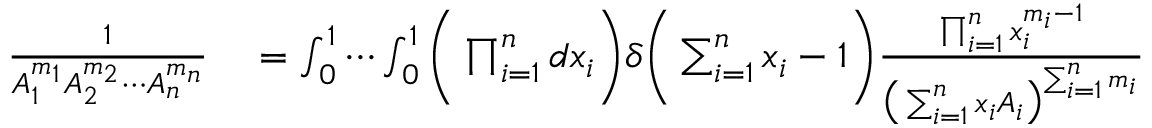
\begin{array} { r l } { \frac { 1 } { A _ { 1 } ^ { m _ { 1 } } A _ { 2 } ^ { m _ { 2 } } \cdots A _ { n } ^ { m _ { n } } } } & { { } = \int _ { 0 } ^ { 1 } \cdots \int _ { 0 } ^ { 1 } \bigg ( \prod _ { i = 1 } ^ { n } d x _ { i } \bigg ) \delta \bigg ( \sum _ { i = 1 } ^ { n } x _ { i } - 1 \bigg ) \frac { \prod _ { i = 1 } ^ { n } x _ { i } ^ { m _ { i } - 1 } } { \big ( \sum _ { i = 1 } ^ { n } x _ { i } A _ { i } \big ) ^ { \sum _ { i = 1 } ^ { n } m _ { i } } } } \end{array}